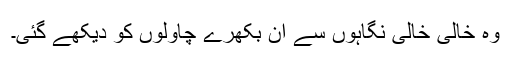
وہ خالی خالی نگاہوں سے ان بکھرے چاولوں کو دیکھے گئی۔